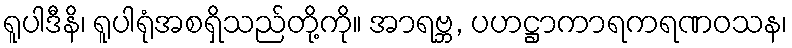
ရူပါဒီနိ၊ ရူပါရုံအစရှိသည်တို့ကို။ အာရဗ္ဘ, ပဟဋ္ဌာကာရကရဏဝသန၊